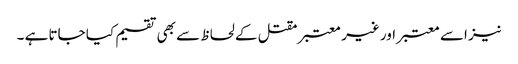
نیز اسے معتبر اور غیر معتبر مقتل کے لحاظ سے بھی تقسیم کیا جاتا ہے ۔